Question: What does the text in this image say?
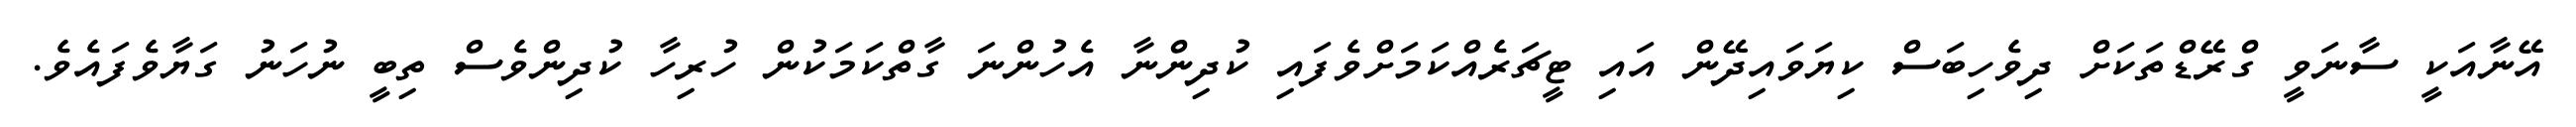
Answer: އޭނާއަކީ ސާނަވީ ގްރޭޑްތަކަށް ދިވެހިބަސް ކިޔަވައިދޭން އައި ޓީޗަރެއްކަމަށްވެފައި ކުދިންނާ އެހުންނަ ގާތްކަމަކުން ހުރިހާ ކުދިންވެސް ތިބީ ނުހަނު ގަޔާވެފައެވެ.